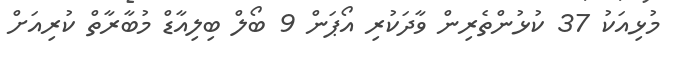
މުޅިއަކު 37 ކުޅުންތެރިން ވާދަކުރި އޯޕަން 9 ބޯލް ބިލިއާޑް މުބާރާތް ކުރިއަށް